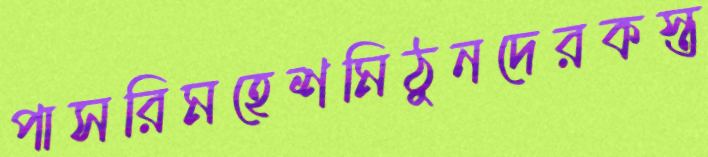
পাসরিমহেশমিঠুনদেরকস্ত